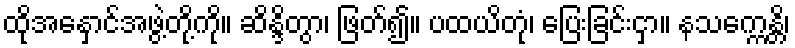
ထိုအနှောင်အဖွဲ့တို့ကို။ ဆိန္ဒိတွာ၊ ဖြတ်၍။ ပထယိတုံ၊ ပြေးခြင်းငှာ။ နသက္ကေန္တိ၊